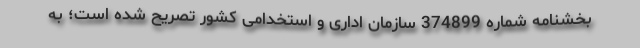
بخشنامه شماره 374899 سازمان اداری و استخدامی کشور تصریح شده است؛ به